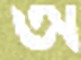
অ